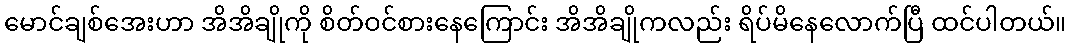
မောင်ချစ်အေးဟာ အိအိချိုကို စိတ်ဝင်စားနေကြောင်း အိအိချိုကလည်း ရိပ်မိနေလောက်ပြီ ထင်ပါတယ်။